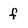
Character: f